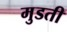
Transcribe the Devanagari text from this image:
मुडती